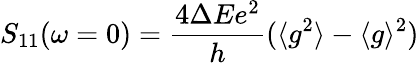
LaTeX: S_{11}(\omega=0)=\frac{4\Delta Ee^{2}}{h}(\langle g^{2}\rangle-\langle g\rangle^{2})